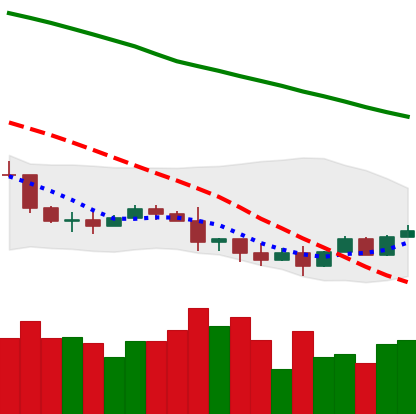
Ticker: NEO-USD
Chart end date: 2022-01-15
Forward return: -10.577%
Label: down_7plus